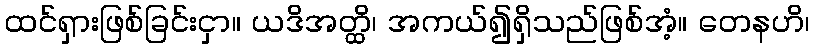
ထင်ရှားဖြစ်ခြင်းငှာ။ ယဒိအတ္ထိ၊ အကယ်၍ရှိသည်ဖြစ်အံ့။ တေနဟိ၊